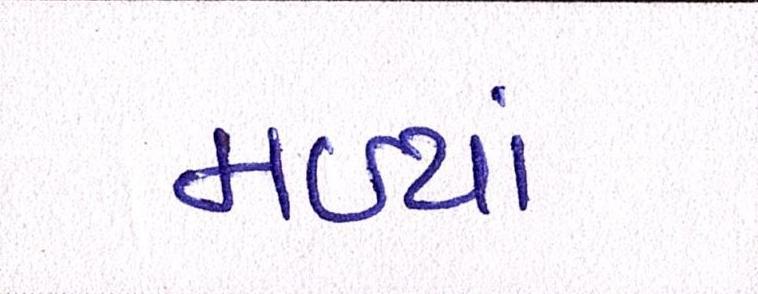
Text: મળ્યાં